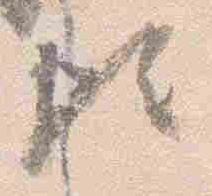
歟